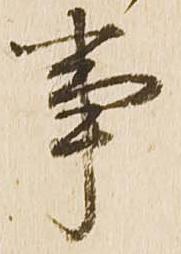
事